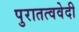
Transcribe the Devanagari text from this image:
पुरातत्ववेदी